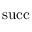
\operatorname { s u c c }